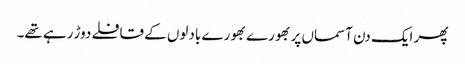
پھر ایک دن آسماں پر بھورے بھورے بادلوں کے قافلے دوڑ رہے تھے۔